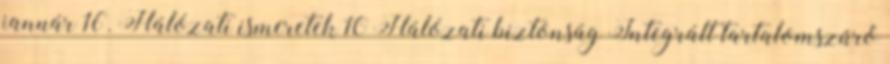
január 16. Hálózati ismeretek 10 Hálózati biztonság Integrált tartalomszűrő